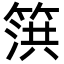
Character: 篊